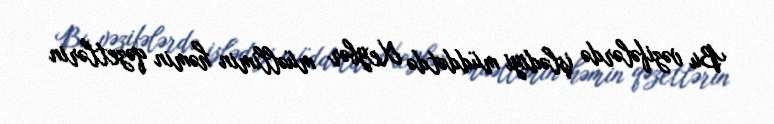
Bu vəzifələrdə işlədiyi müddətdə Xeybər müəllimin həmin qəzetlərin